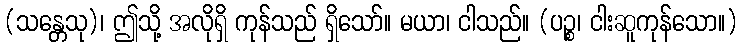
(သန္တေသု)၊ ဤသို့ အလိုရှိ ကုန်သည် ရှိသော်။ မယာ၊ ငါသည်။ (ပဉ္စ၊ ငါးဆူကုန်သော။)